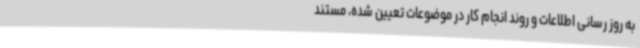
به روز رسانی اطلاعات و روند انجام کار در موضوعات تعیین شده، مستند